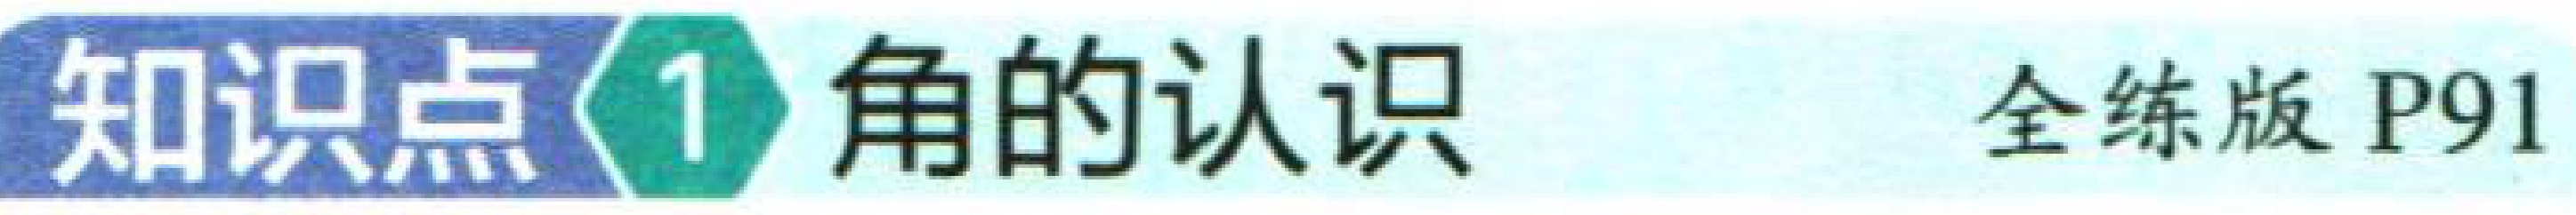
知识点\(1\) 角的认识 全练版 P91